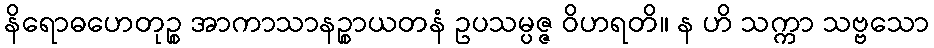
နိရောဓဟေတုဉ္စ အာကာသာနဉ္စာယတနံ ဥပသမ္ပဇ္ဇ ဝိဟရတိ။ န ဟိ သက္ကာ သဗ္ဗသော